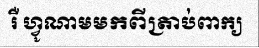
រឺ ហ្វូណាមមកពីត្រាប់ពាក្យ